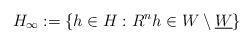
LaTeX: \begin{align*}H_\infty:=\{h\in H : R^nh\in W\setminus \underline{W} \}\end{align*}